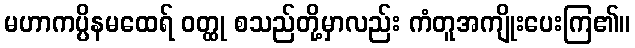
မဟာကပ္ပိနမထေရ် ဝတ္ထု စသည်တို့မှာလည်း ကံတူအကျိုးပေးကြ၏။